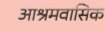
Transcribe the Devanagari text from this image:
आश्रमवासिक